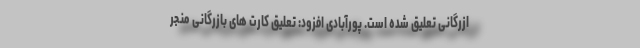
ازرگانی تعلیق شده است. پورآبادی افزود: تعلیق کارت های بازرگانی منجر